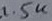
Text: 1.5K